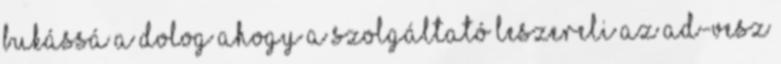
bukássá a dolog ahogy a szolgáltató leszereli az ad-vesz